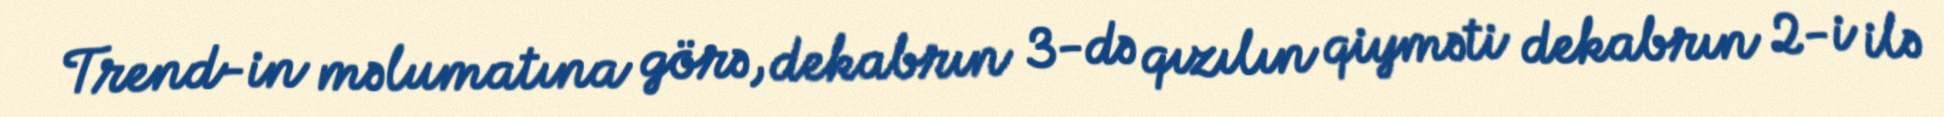
Trend-in məlumatına görə, dekabrın 3-də qızılın qiyməti dekabrın 2-i ilə